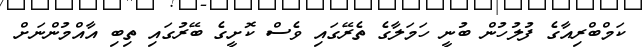
ކަމްބްރިއާގެ ފުލުހުން ބުނީ ހަމަލާގެ ތެރޭގައި ވެސް ކޮށީގެ ބޭރުގައި ތިބި އާއްމުންނަށް